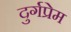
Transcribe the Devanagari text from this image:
दुर्गप्रेम